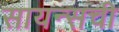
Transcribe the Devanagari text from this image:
सायन्सची